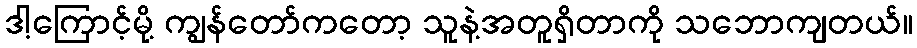
ဒါ့ကြောင့်မို့ ကျွန်တော်ကတော့ သူနဲ့အတူရှိတာကို သဘောကျတယ်။